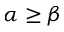
\alpha \ge \beta